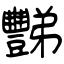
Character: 豒